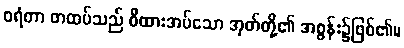
ဝရံတာ တထပ်သည် စီထားအပ်သော အုတ်တို့၏ အစွန်း၌ဖြစ်၏။